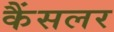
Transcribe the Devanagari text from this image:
कैंसलर